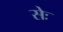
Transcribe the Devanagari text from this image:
सेः